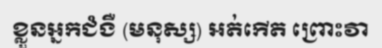
ខ្លួនអ្នកជំងឺ (មនុស្ស) អត់កើត ព្រោះវា